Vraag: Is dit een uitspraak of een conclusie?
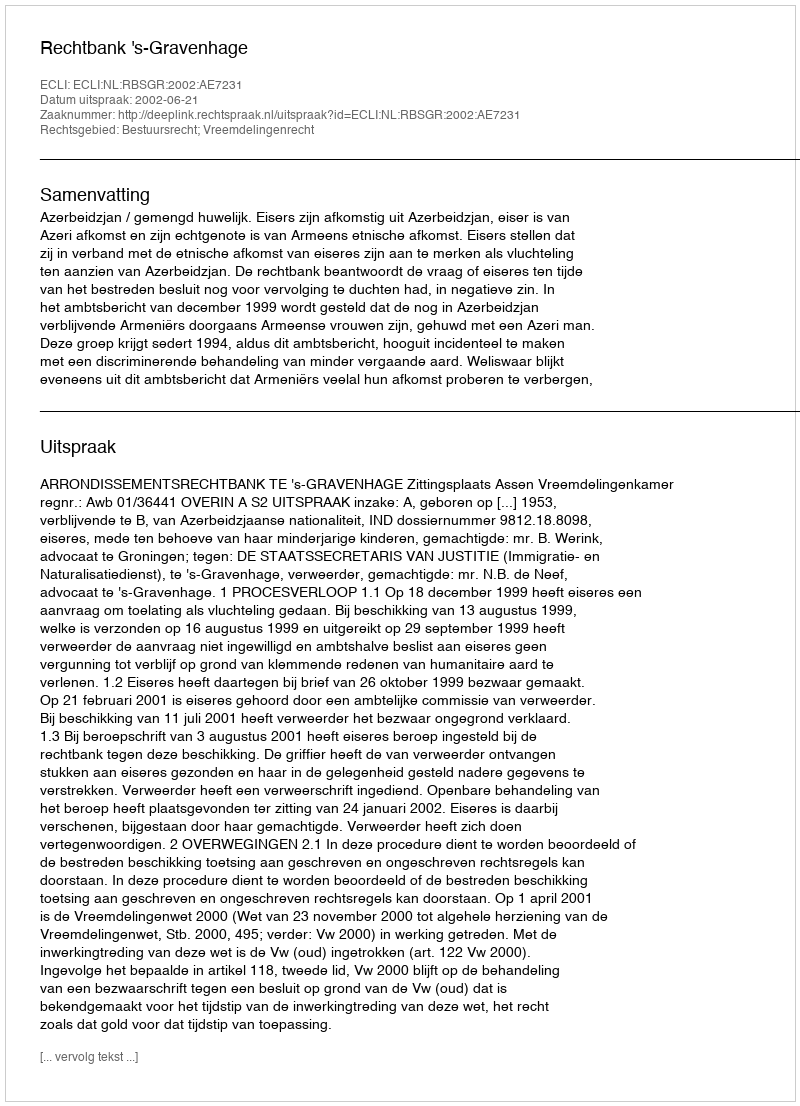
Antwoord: Uitspraak